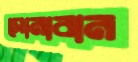
সোনাবান